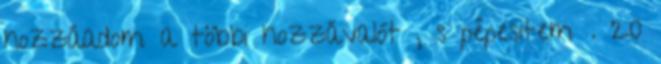
hozzáadom a többi hozzávalót , s pépesitem . 20